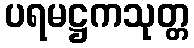
ပရမဋ္ဌကသုတ္တ